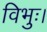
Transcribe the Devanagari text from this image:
विभुः।